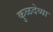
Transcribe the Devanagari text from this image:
कुळदेव्या